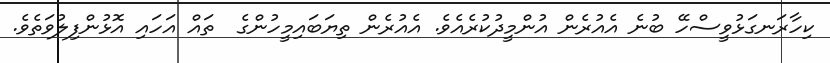
ކިހާރަނގަޅުވީސްހޭ ބުނެ އެއުރެން އުންމީދުކުރެއެވެ. އެއުރެން ތިޔަބައިމީހުންގެ  ތައް އަހައި އޮޅުންފިލުވަތެވެ.